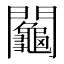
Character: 𨷺